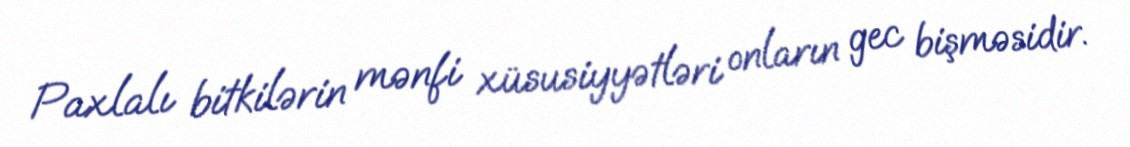
Paxlalı bitkilərin mənfi xüsusiyyətləri onların gec bişməsidir.